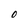
Character: O